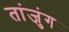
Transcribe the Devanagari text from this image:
तांजुंग